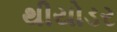
થીયોડર